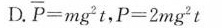
D. $$\overline{P} = m g^{2} t$$ ,$$P = 2 m g^{2} t$$